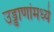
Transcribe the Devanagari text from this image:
उड्डाणांमध्ये